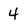
Character: 4